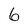
Character: 6